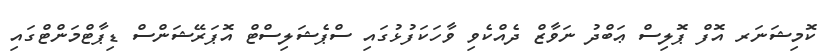
ކޮމިޝަނަރ އޮފް ޕޮލިސް ޢަބްދު ނަވާޒް ދެއްކެވި ވާހަކަފުޅުގައި ސްޕެޝަލިސްޓް އޮޕަރޭޝަންސް ޑިޕާޓްމަންޓްގައި